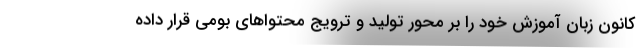
کانون زبان آموزش خود را بر محور تولید و ترویج محتواهای بومی قرار داده